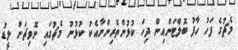
މެޗުގެ ފަހު ހާފު ބޮލްޓަންއިން ދިހަ ކުޅުންތެރިންނާއެކު ކުޅުނު މެޗުގައި ނޮވިޗަށް ލީޑު